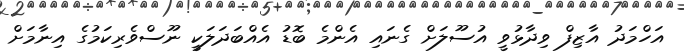
އަހްމަދު އާޒިފް ވިދާޅުވީ އުސޫލަށް ގެނައި އެންމެ ބޮޑު އެއްބަދަލަކީ ނޫސްވެރިކަމުގެ އިނާމަށް